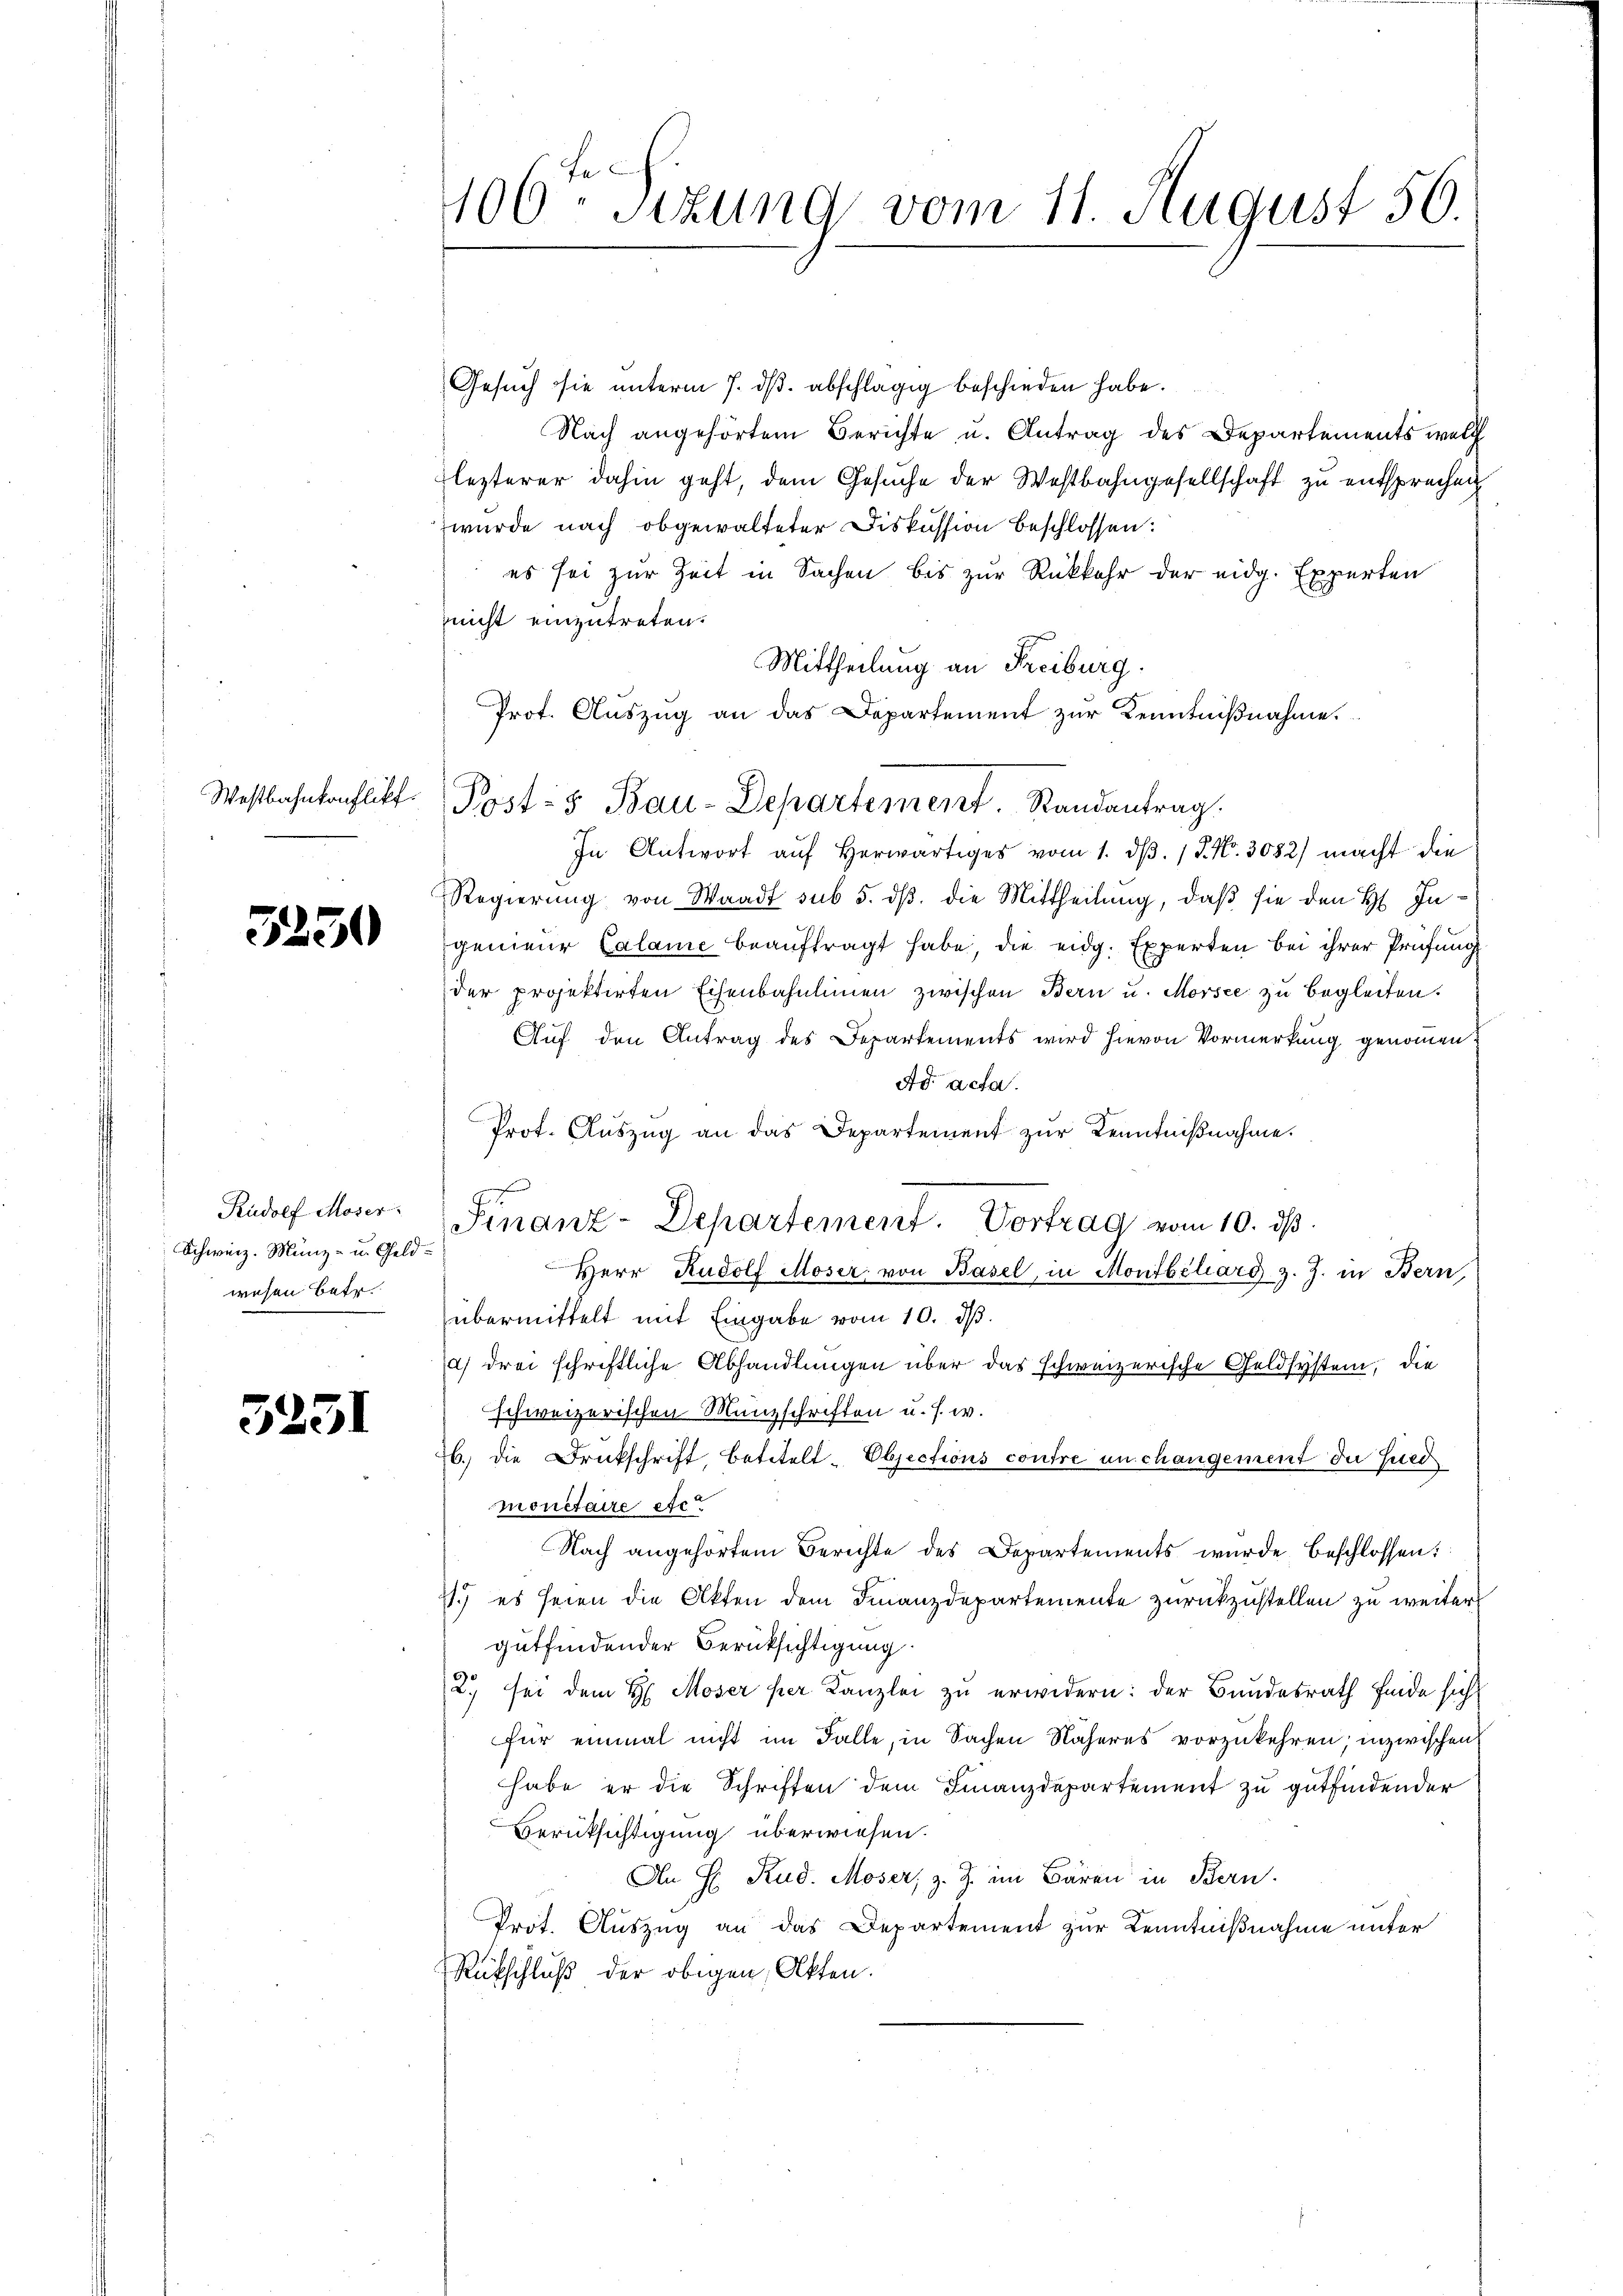
3250

5231

Rudolf Moser.
Schweiz. Münz- u. Geldwesen betr.

Gesuch sie unterm 7. ds. abschlägig beschieden habe.
Nach angehörtem Berichte u. Antrag des Departements welch
lezterer dahin geht, dem Gesuche der Westbahngesellschaft zu entsprechen
wurde nach obgewalteter Diskussion beschlossen:
es sei zur Zeit in Sachen bis zur Rückkehr der eidg. Experten
nicht einzutreten.
Mittheilung an Freiburg.
Prot. Aŭszŭg an das Departement zur Kenntniβnahme.
Westbahnkonflikt Post- & Bau-Departement Randantrag.
In Antwort aŭf herwärtiges vom 1. d. 1 S. Nr. 3082) macht die
Regierung von Waadt sub 5. dß. die Mittheilung, daß sie den H. Ingenieur Calame beaŭftragt habe, die eidg. Experten bei ihrer Prüfung
der projektirten Eisenbahnlinien zwischen Bern u. Morsee zu begleiten.
Auf den Antrag des Departements wird hievon Vormerkung genommen:
Ad acta.
Prot. Auszug an das Departement zur Kenntnißnahme.
Finanz-Departement. Vortrag vom 10. ds.
Herr Rudolf Moser von Basel, in Montbéliars z. Z. in Bern,
übermittelt mit Eingabe vom 10. d.
) drei schriftliche Abhandlungen über das schweizerische Geldsystem, die
schweizerischen Münzschriften u. s. w.
16. die Druckschrift, betitelt. Objections contre an changement du sied
monetaire etc.
Nach angehörtem Berichte des Departements wurde beschlossen:
2.) es seien die Akten dem Finanzdepartemente zurückzustellen zu weiter
gutfindender Berüksichtigung.
2. sei dem H. Moser per Kanzlei zu erwidern: der Bundesrath finde sich
für einmal nicht im Falle, in Sachen Näheres vorzukehren; inzwischen
habe er die Schriften dem Finanzdepartement zu gutfindender
Berüksichtigung überwiesen.
An Hr. Rud. Moser, z. Z. im Bären in Bern.
Prot. Auszug an das Departement zur Kenntnißnahme unter
Rütschluß der obigen Akten.

s

f
400 sizung vom 11. August 50.